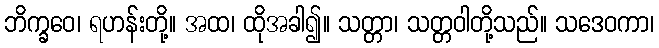
ဘိက္ခဝေ၊ ရဟန်းတို့။ အထ၊ ထိုအခါ၍။ သတ္တာ၊ သတ္တဝါတို့သည်။ သဒေဝကာ၊